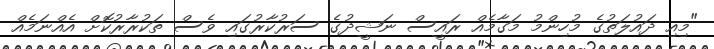
"މިއި ދައުލަތުގެ މުހިންމު މަގާމެއް ރައީސް ނަޝީދުގެ ސަރުކާރުގައި ވެސް ތަކުރާރުކޮށް އެއްނަމެއް